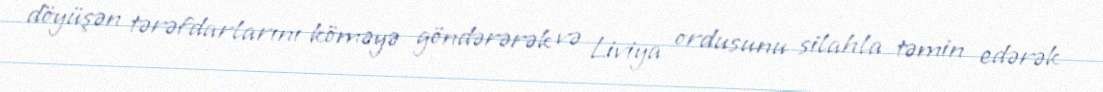
döyüşən tərəfdarlarını köməyə göndərərək və Liviya ordusunu silahla təmin edərək